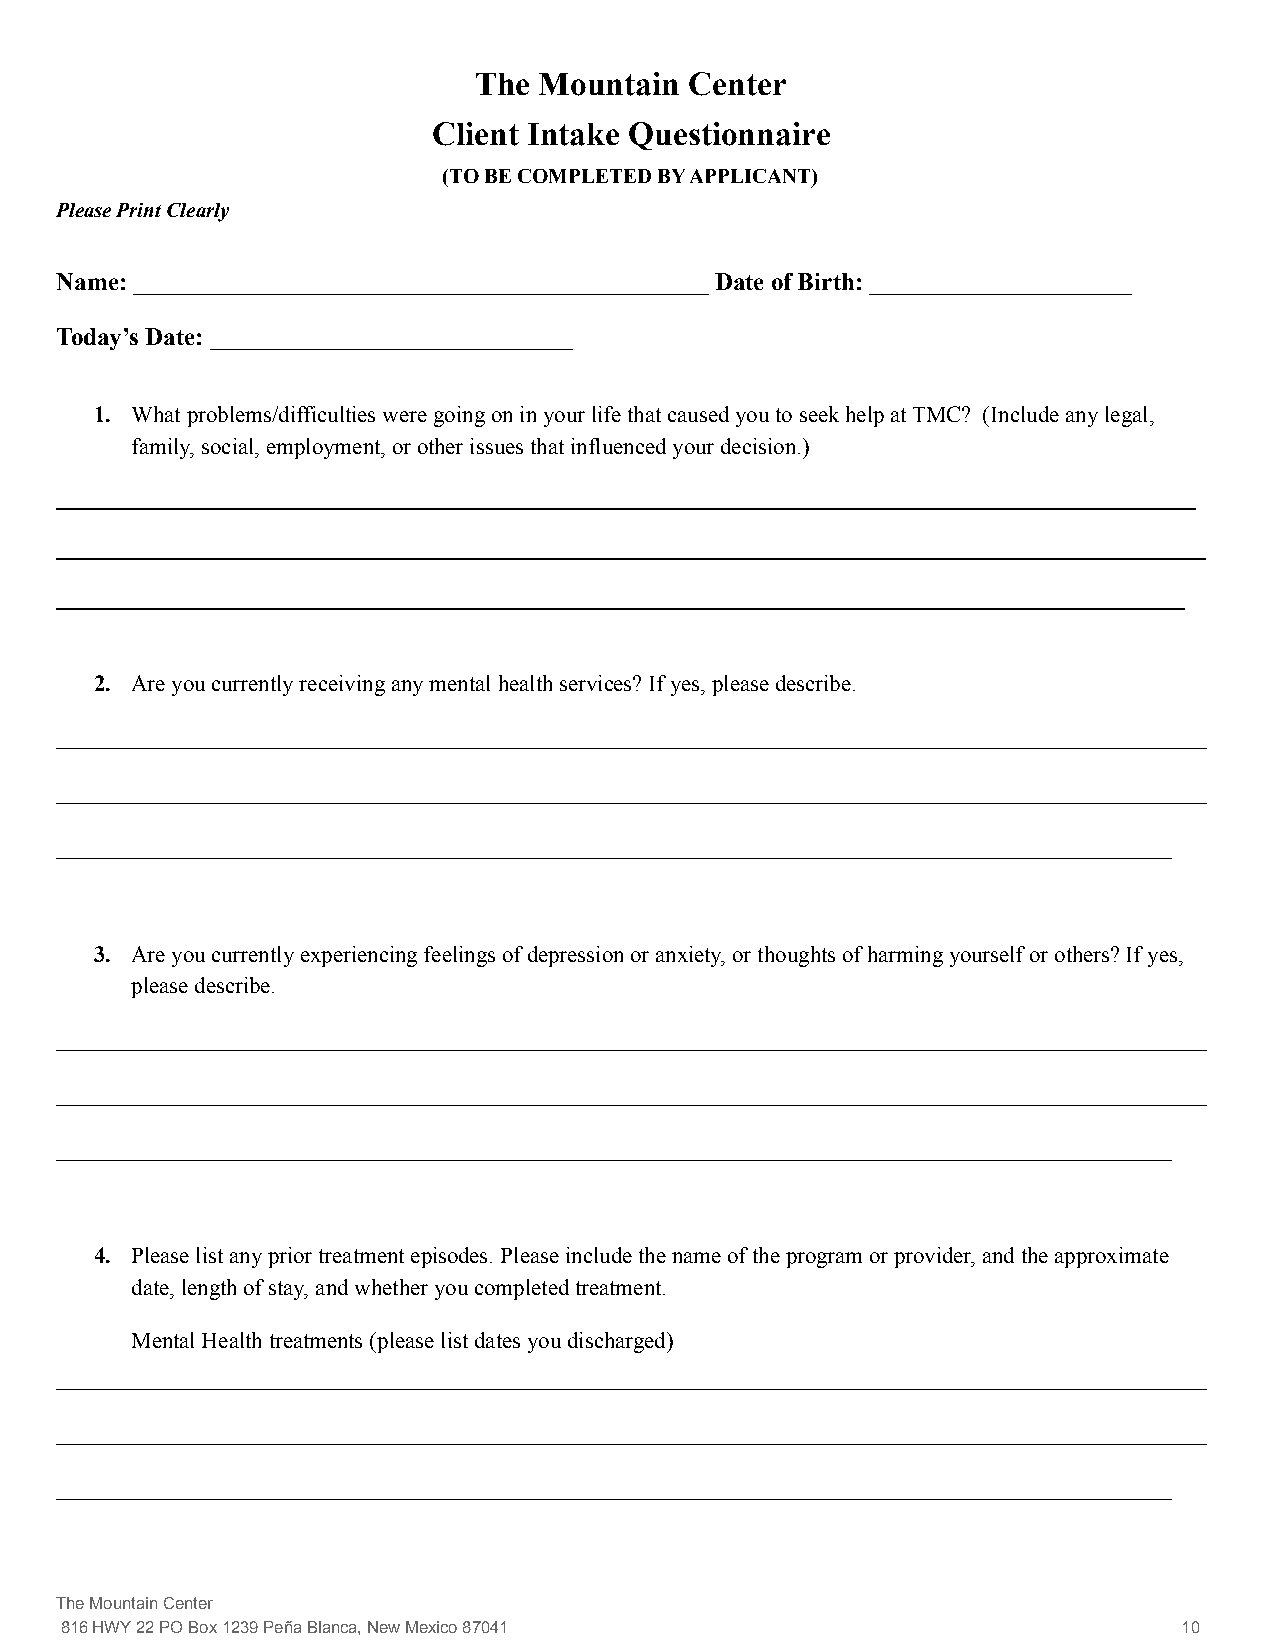
The  Mountain  Center
 Client Intake Questionnaire
 (TO BE COMPLETED BY APPLICANT)
 Please Print Clearly
 Name: ______________________________________________ Date of Birth: _____________________
 Today’s Date: _____________________________
 1. What problems/difficulties were going on in your life that caused you to seek help at TMC? (Include any legal,
 family, social, employment, or other issues that influenced your decision.)
 _____________________________________________________________________________________________________________
 ______________________________________________________________________________________________________________
 ____________________________________________________________________________________________________________
 2. Are you currently receiving any mental health services? If yes, please describe.
 ____________________________________________________________________________________________________
 ____________________________________________________________________________________________________
 _________________________________________________________________________________________________
 3. Are you currently experiencing feelings of depression or anxiety, or thoughts of harming yourself or others? If yes,
 please describe.
 ____________________________________________________________________________________________________
 ____________________________________________________________________________________________________
 _________________________________________________________________________________________________
 4. Please list any prior treatment episodes. Please include the name of the program or provider, and the approximate
 date, length of stay, and whether you completed treatment.
 Mental Health treatments (please list dates you discharged)
 ____________________________________________________________________________________________________
 ____________________________________________________________________________________________________
 _________________________________________________________________________________________________
 The Mountain Center
 816 HWY 22 PO Box 1239 Peña Blanca, New Mexico 87041                      10